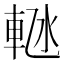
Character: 𬧴